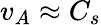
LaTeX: v_{A}\approx C_{s}